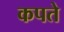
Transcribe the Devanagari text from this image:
कपते